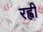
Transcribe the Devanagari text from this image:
रह्वी